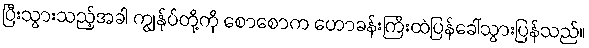
ပြီးသွားသည့်အခါ ကျွန်ုပ်တို့ကို စောစောက ဟောခန်းကြီးထဲပြန်ခေါ်သွားပြန်သည်။